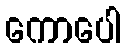
ကောပေါ